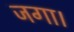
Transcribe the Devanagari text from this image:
जगा।